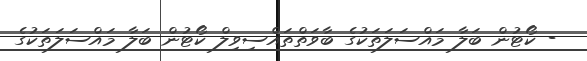
- ކޯޓުން ބަލާ މައްސަލަތަކުގެ ބާވަތްތައްސިވިލް ކޯޓުން ބަލާ މައްސަލަތަކުގެ